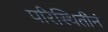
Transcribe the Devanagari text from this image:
परिस्थितीनं